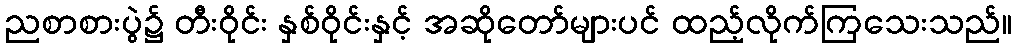
ညစာစားပွဲ၌ တီးဝိုင်း နှစ်ဝိုင်းနှင့် အဆိုတော်များပင် ထည့်လိုက်ကြသေးသည်။